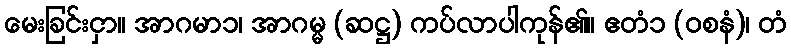
မေးခြင်းငှာ။ အာဂမာ၁၊ အာဂမ္မ (ဆဋ္ဌ) ကပ်လာပါကုန်၏။ ဧတံ၁ (ဝစနံ)၊ တံ